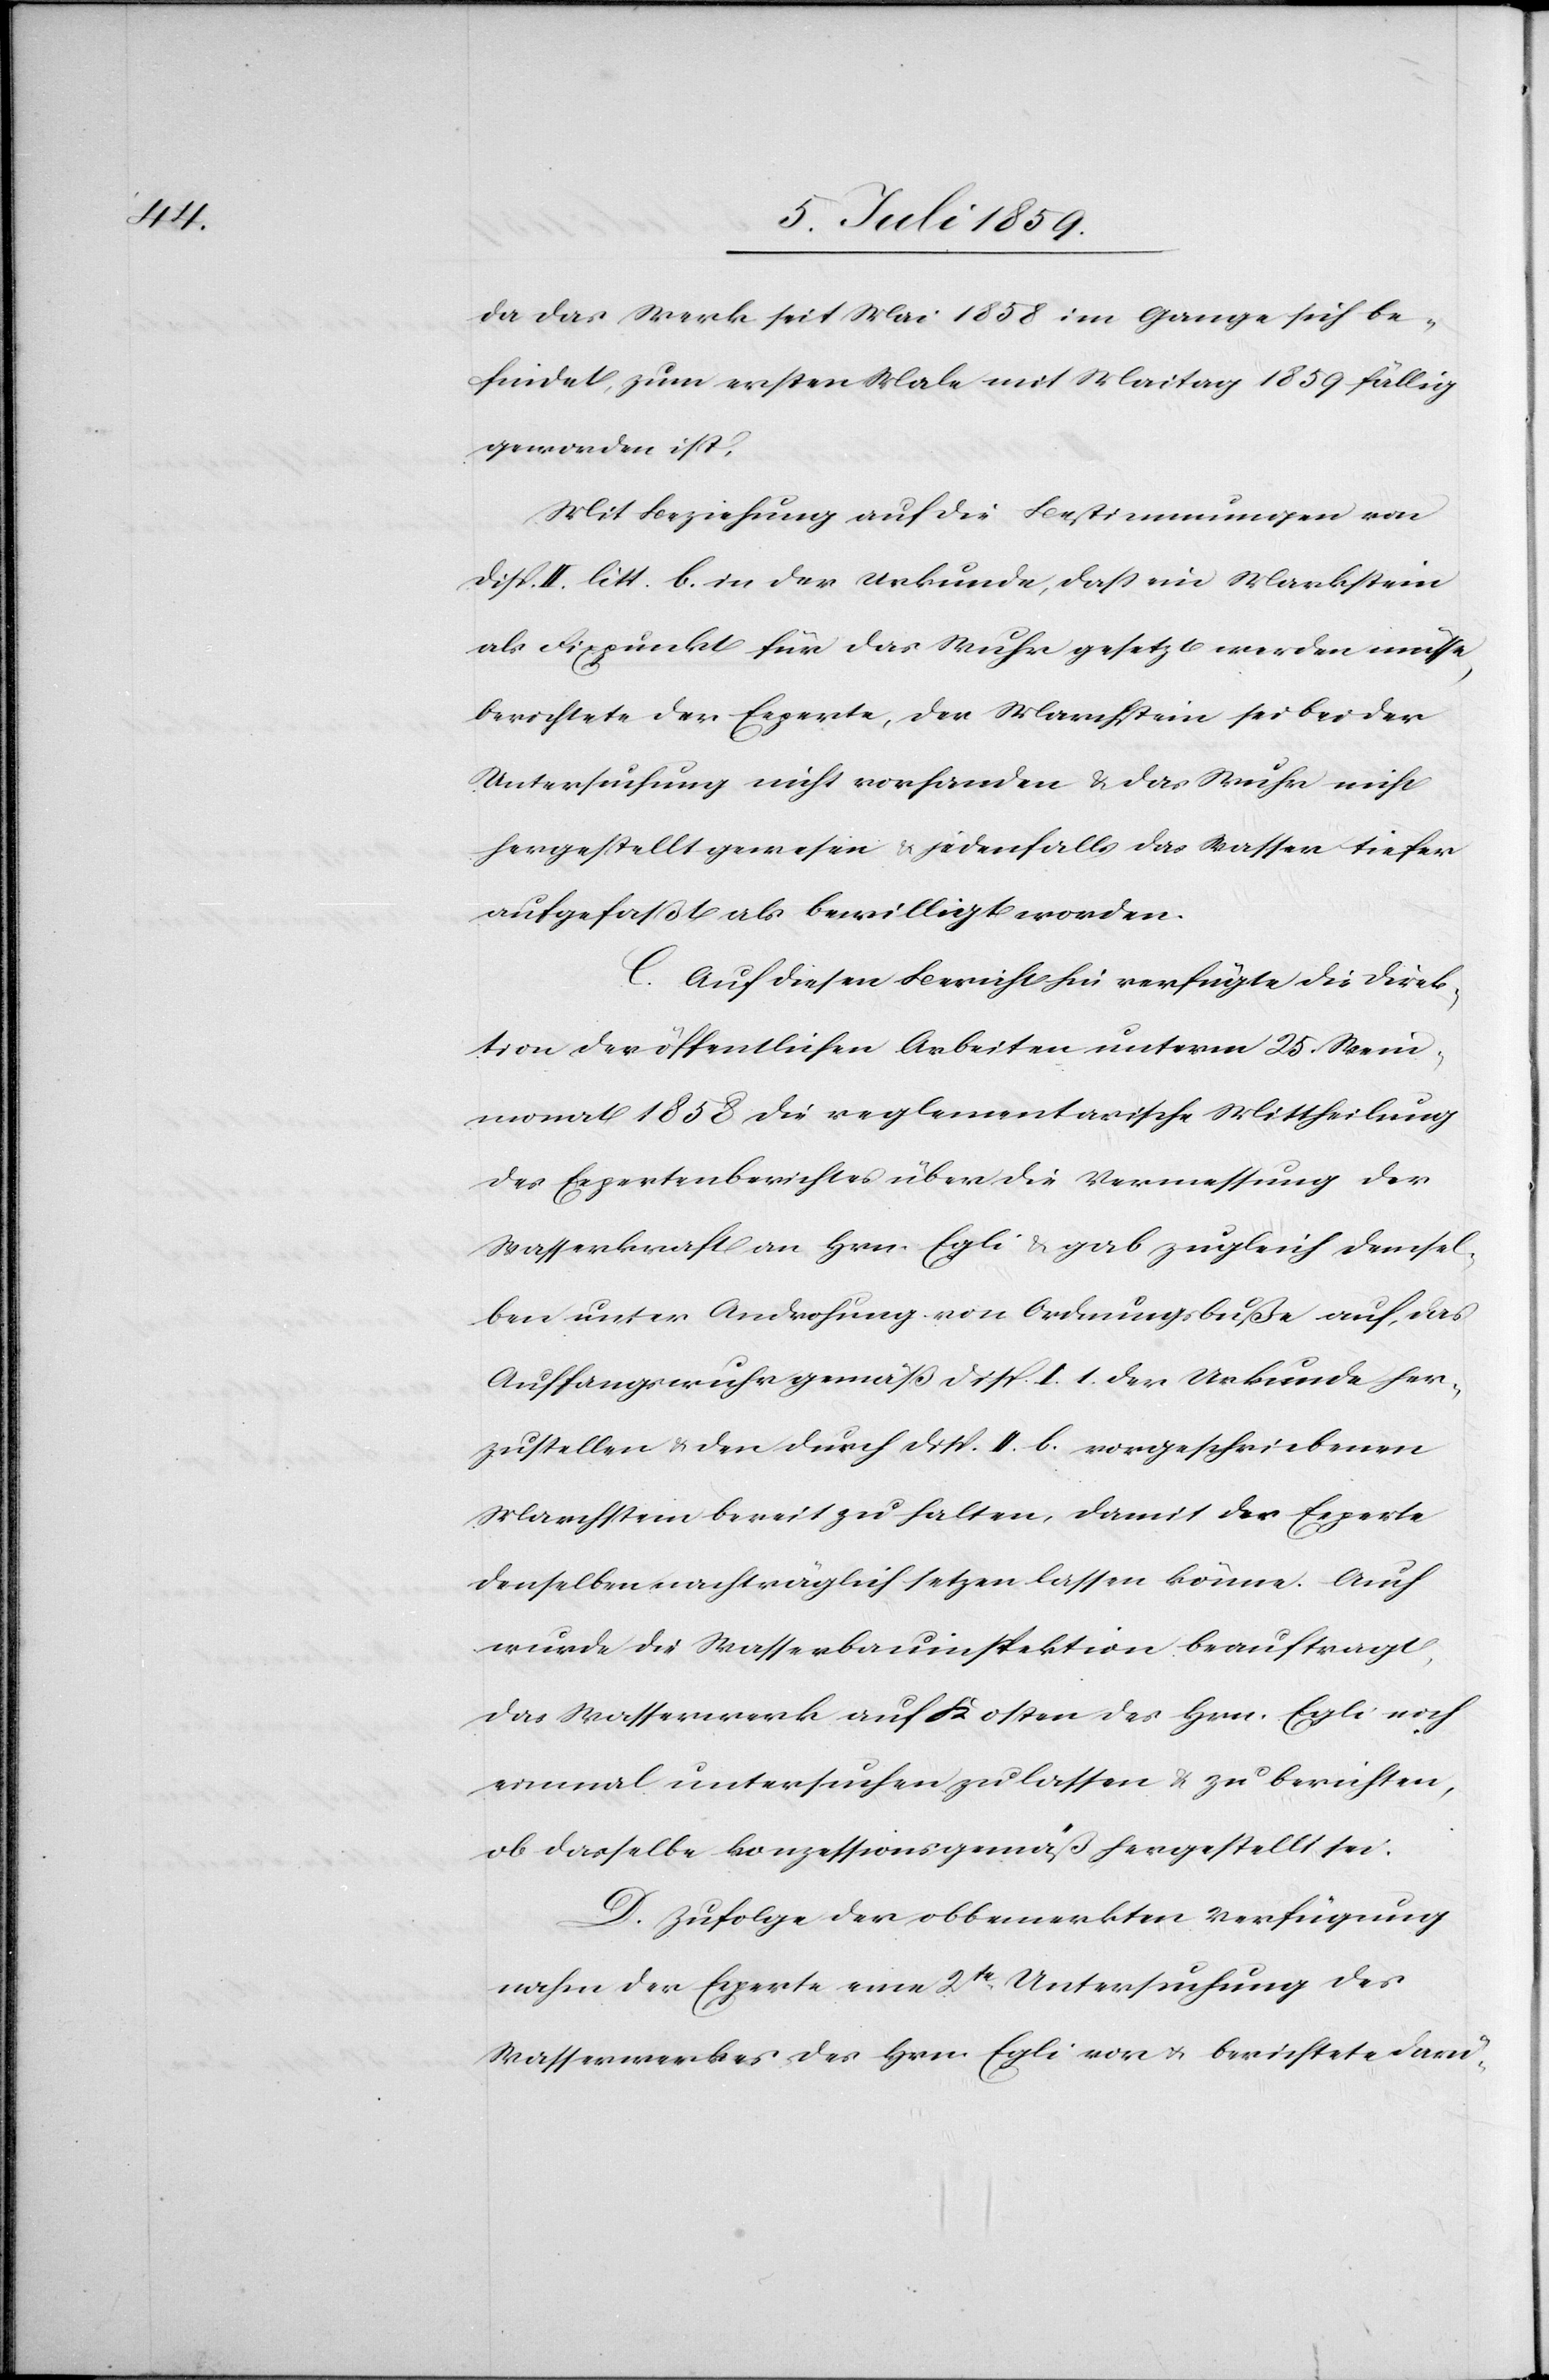
da das Werk seit Mai 1858 im Gange sich be¬
findet, zum ersten Male mit Maitag 1859 fällig
geworden ist.
Mit Beziehung auf die Bestimmungen von
Disp. II. litt. b. in der Urkunde, daß ein Markstein
als Fixpunkt für das Wuhr gesetzt werden müsse,
berichtete der Experte, der Markstein sei bei der
Untersuchung nicht vorhanden u. das Wuhr nicht
hergestellt gewesen u. jedenfalls das Wasser tiefer
aufgefaßt als bewilligt worden.
C. Auf diesen Bericht hin verfügte die Direk¬
tion der öffentlichen Arbeiten unterm 25. Wein¬
monat 1858 die reglementarische Mittheilung
des Expertenberichtes über die Vermessung der
Wasserkraft an Hrn. Egli u. gab zugleich demsel¬
ben unter Androhung von Ordnungsbuße auf, das
Auffangswuhr gemäß Disp. I. 1. der Urkunde her¬
zustellen u. den durch Disp. II. b. vorgeschriebenen
Marchstein bereit zu halten, damit der Experte
denselben nachträglich setzen lassen könne. Auch
wurde die Wasserbauinspektion beauftragt,
das Wasserwerk auf Kosten des Hrn. Egli noch
einmal untersuchen zu lassen u. zu berichten,
ob dasselbe konzessionsgemäß hergestellt sei.
D. Zufolge der obbemerkten Verfügung
nahm der Experte eine 2te. Untersuchung des
Wasserwerkes des Hrn. Egli vor u. berichtete darü-